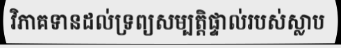
វិភាគទានដល់ទ្រព្យសម្បត្តិផ្ទាល់របស់ស្លាប